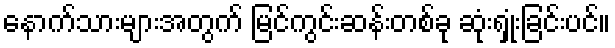
နောက်သားများအတွက် မြင်ကွင်းဆန်းတစ်ခု ဆုံးရှုံးခြင်းပင်။